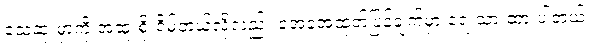
သေဆုံးမှာကို အထူးစိုးရိမ်တယ်လို့လည်း အေအေထုတ်ပြန်ချက်မှာ ရေးသားထားပါတယ်။